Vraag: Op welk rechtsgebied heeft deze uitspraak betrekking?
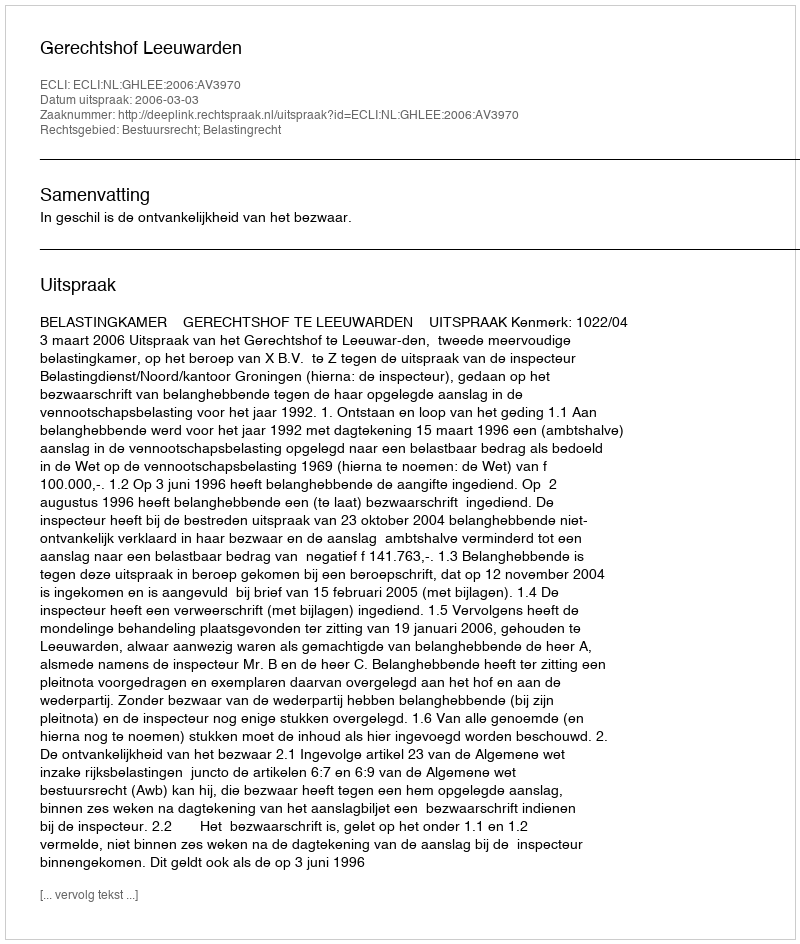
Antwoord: Bestuursrecht; Belastingrecht